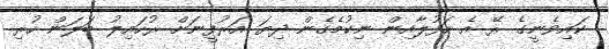
ކައިވެނީގެ ރޭ އެ ހަފުލާއިން ނިކުމެގެން ދިޔަ އަރުފީނަށް ރުހައިލު ބަލަން ހުރި